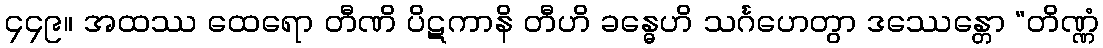
၄၄၉။ အထဿ ထေရော တီဏိ ပိဋကာနိ တီဟိ ခန္ဓေဟိ သင်္ဂဟေတွာ ဒဿေန္တော “တိဏ္ဏံ